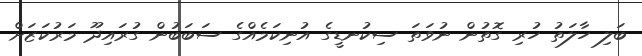
ބަލި ހާލަތު ހުރި ގޮތުން ނުވަތަ ސިކުނޑީގެ އުނިކަމެއްގެ ސަބަބުން ގުރައިދޫ މަރުކަޒަށް